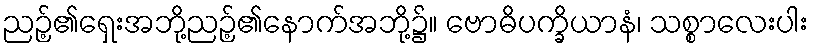
ညဉ့်၏ရှေးအဘို့ညဉ့်၏နောက်အဘို့၌။ ဗောဓိပက္ခိယာနံ၊ သစ္စာလေးပါး